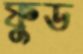
ফুড